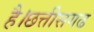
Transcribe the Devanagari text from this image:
है।छत्तीसगढ